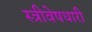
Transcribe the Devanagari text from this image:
स्त्रीवेषधारी